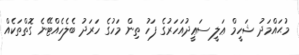
މުޙައްމަދު ޝަހީމް ޢަލީ ސަޢީދުއަހަރުގެ ފަހު ތިން މަހުގެ ހަރަދު ބެލެހެއްޓޭނެ ގޮތްތަކެއް